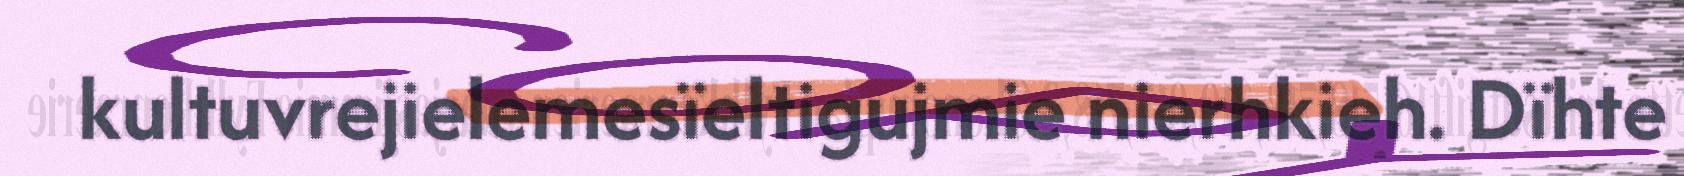
kultuvrejielemesïeltigujmie nierhkieh. Dïhte